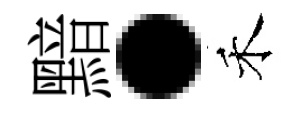
黯·禾